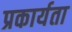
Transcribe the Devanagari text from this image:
प्रकार्यता